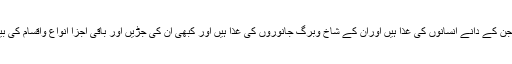
وہ گھاس اوروہ نباتات جن کے دانے انسانوں کی غذا ہیں اوران کے شاخ وبرگ جانوروں کی غذا ہیں اور کبھی ان کی جڑیں اور باقی اجزا انواع واقسام کی بیماریوں کی دوائیں ہیں ۔